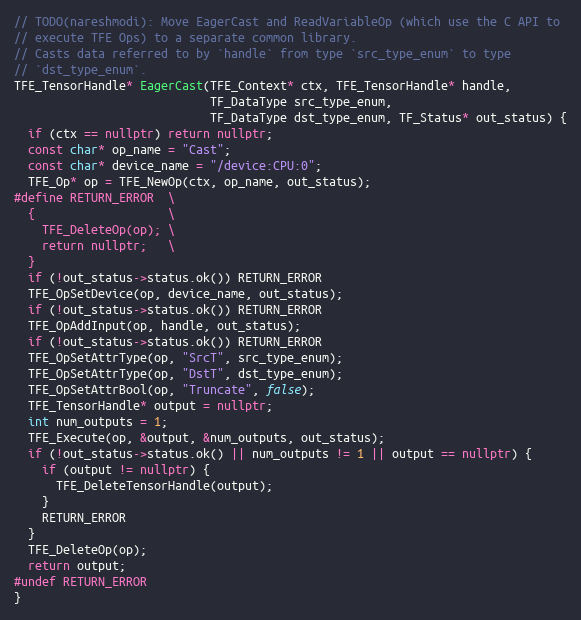
Language: C++
// TODO(nareshmodi): Move EagerCast and ReadVariableOp (which use the C API to
// execute TFE Ops) to a separate common library.
// Casts data referred to by `handle` from type `src_type_enum` to type
// `dst_type_enum`.
TFE_TensorHandle* EagerCast(TFE_Context* ctx, TFE_TensorHandle* handle,
                            TF_DataType src_type_enum,
                            TF_DataType dst_type_enum, TF_Status* out_status) {
  if (ctx == nullptr) return nullptr;
  const char* op_name = "Cast";
  const char* device_name = "/device:CPU:0";
  TFE_Op* op = TFE_NewOp(ctx, op_name, out_status);
#define RETURN_ERROR  \
  {                   \
    TFE_DeleteOp(op); \
    return nullptr;   \
  }
  if (!out_status->status.ok()) RETURN_ERROR
  TFE_OpSetDevice(op, device_name, out_status);
  if (!out_status->status.ok()) RETURN_ERROR
  TFE_OpAddInput(op, handle, out_status);
  if (!out_status->status.ok()) RETURN_ERROR
  TFE_OpSetAttrType(op, "SrcT", src_type_enum);
  TFE_OpSetAttrType(op, "DstT", dst_type_enum);
  TFE_OpSetAttrBool(op, "Truncate", false);
  TFE_TensorHandle* output = nullptr;
  int num_outputs = 1;
  TFE_Execute(op, &output, &num_outputs, out_status);
  if (!out_status->status.ok() || num_outputs != 1 || output == nullptr) {
    if (output != nullptr) {
      TFE_DeleteTensorHandle(output);
    }
    RETURN_ERROR
  }
  TFE_DeleteOp(op);
  return output;
#undef RETURN_ERROR
}